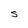
Character: S